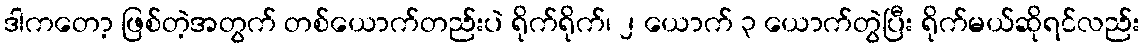
ဒါကတော့ ဖြစ်တဲ့အတွက် တစ်ယောက်တည်းပဲ ရိုက်ရိုက်၊ ၂ ယောက် ၃ ယောက်တွဲပြီး ရိုက်မယ်ဆိုရင်လည်း